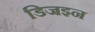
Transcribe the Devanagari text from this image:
डिजइन